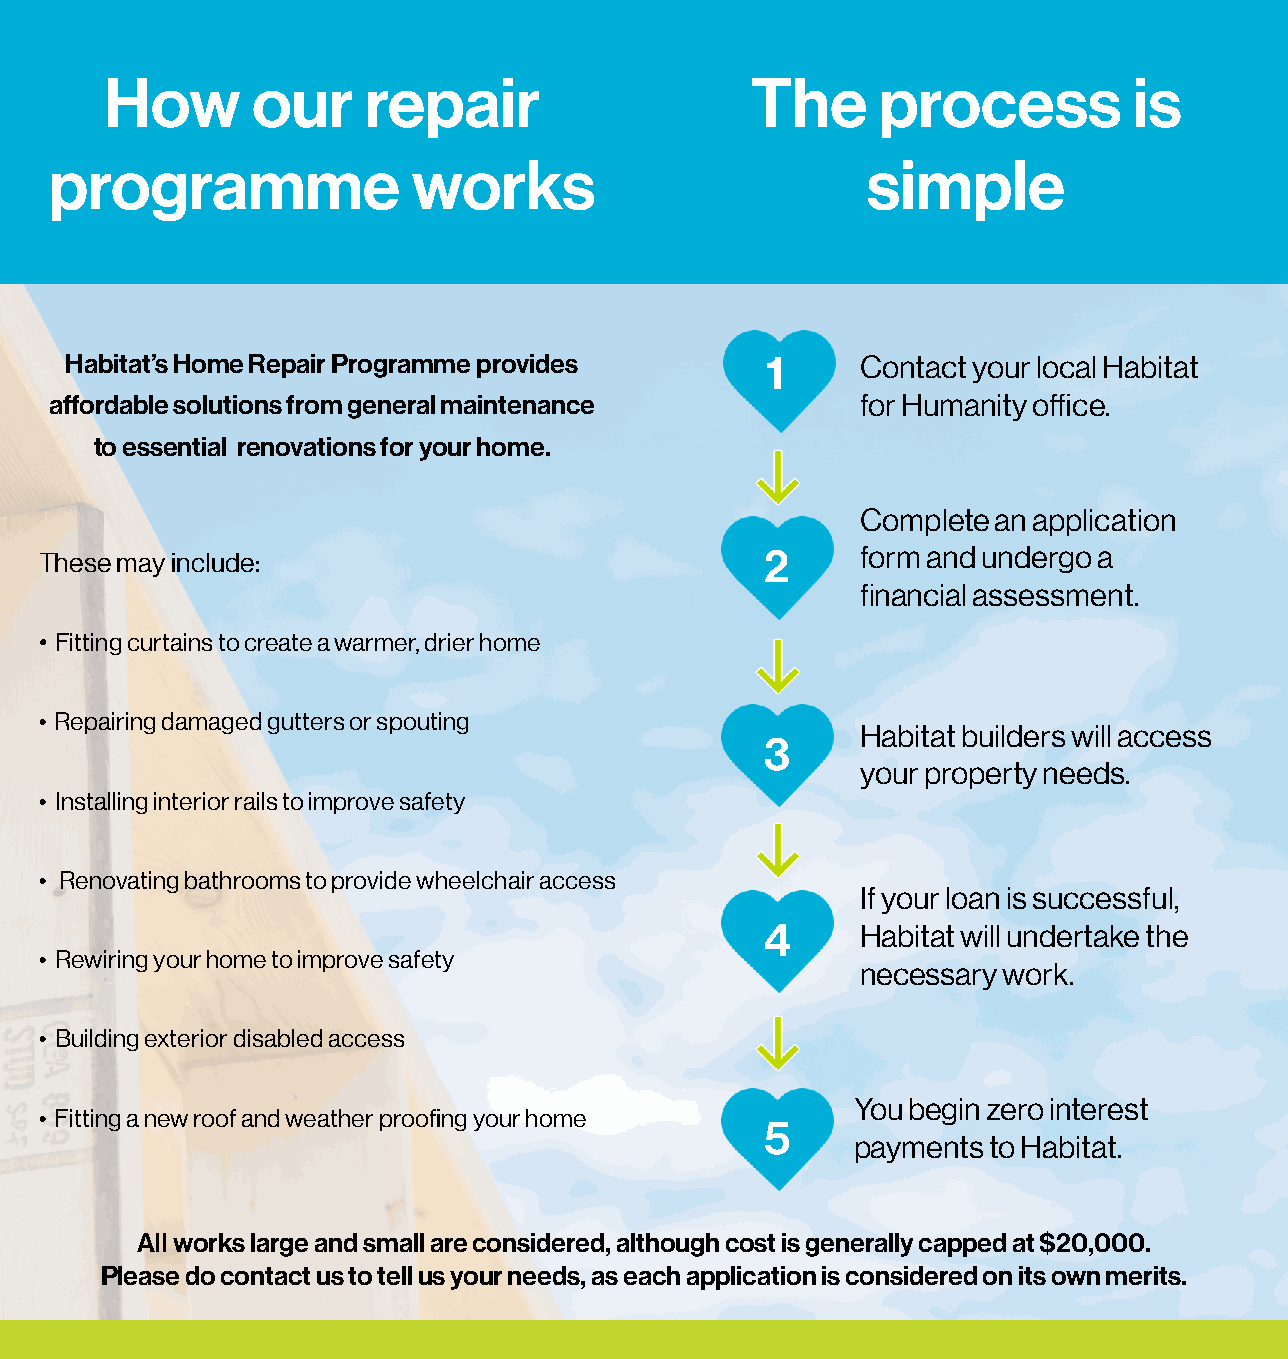
How       our    repair                    The     process          is
 programme               works                         simple
 Habitat’s Home Repair Programme provides       1     Contact your local Habitat
 affordable solutions from general maintenance         for Humanity office.
 to essential renovations for your home.
 Complete an application
 These may include:                              2     form and undergo a
 financial assessment.
 • Fitting curtains to create a warmer, drier home
 • Repairing damaged gutters or spouting
 Habitat builders will access
 3
 your property needs.
 • Installing interior rails to improve safety
 • Renovating bathrooms to provide wheelchair access
 If your loan is successful,
 4     Habitat will undertake the
 • Rewiring your home to improve safety
 necessary work.
 • Building exterior disabled access
 You begin zero interest
 • Fitting a new roof and weather proofing your home
 5
 payments to Habitat.
 AII works large and small are considered, although cost is generally capped at $20,000.
 Please do contact us to tell us your needs, as each application is considered on its own merits.